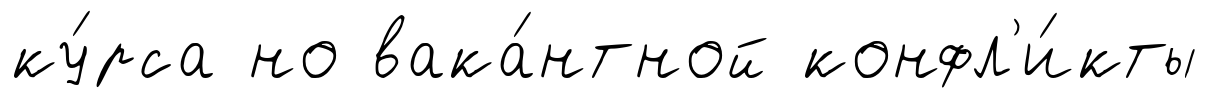
ку́рса но вака́нтной конфл'и́кты